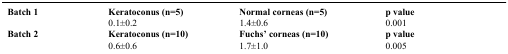
| Batch 1 | Keratoconus (n=5) | Normal corneas (n=5) | p value |
 | --- | --- | --- | --- |
 |  | 0.1±0.2 | 1.4±0.6 | 0.001 |
 | Batch 2 | Keratoconus (n=10) | Fuchs’ corneas (n=10) | p value |
 |  | 0.6±0.6 | 1.7±1.0 | 0.005 |